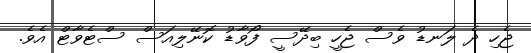
ޖެހި ދެ ލަނޑު ވެސް ޖެހީ ބިދޭސީ ފޯވާޑު ކޮނޭލިއަސް ސްޓެވާޓް އެވެ.